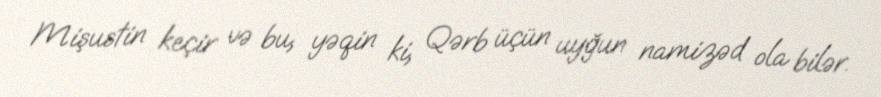
Mişustin keçir və bu, yəqin ki, Qərb üçün uyğun namizəd ola bilər.